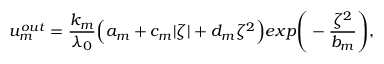
u _ { m } ^ { o u t } = \frac { k _ { m } } { \lambda _ { 0 } } \Big ( a _ { m } + c _ { m } | \zeta | + d _ { m } \zeta ^ { 2 } \Big ) e x p \Bigg ( - \frac { \zeta ^ { 2 } } { b _ { m } } \Bigg ) ,